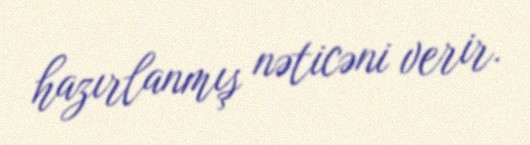
hazırlanmış nəticəni verir.